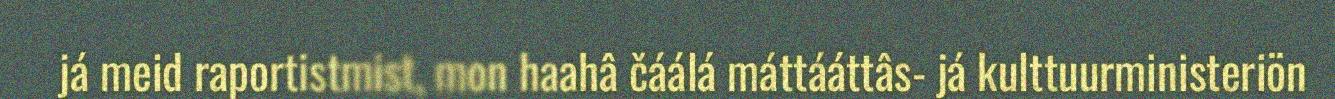
já meid raportistmist, mon haahâ čáálá máttááttâs- já kulttuurministeriön